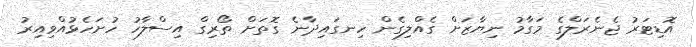
އޮޑިޓަރު ޖެނެރަލްގެ މަގާމު ނިޔާޒަށް ގެއްލިގެން ހިނގައިދާނެ ގޮތަށް ތޯރިގް އިސްލާހު ހުށަހެޅުއްވިއިރު